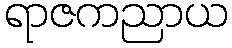
ရာဇကညာယ